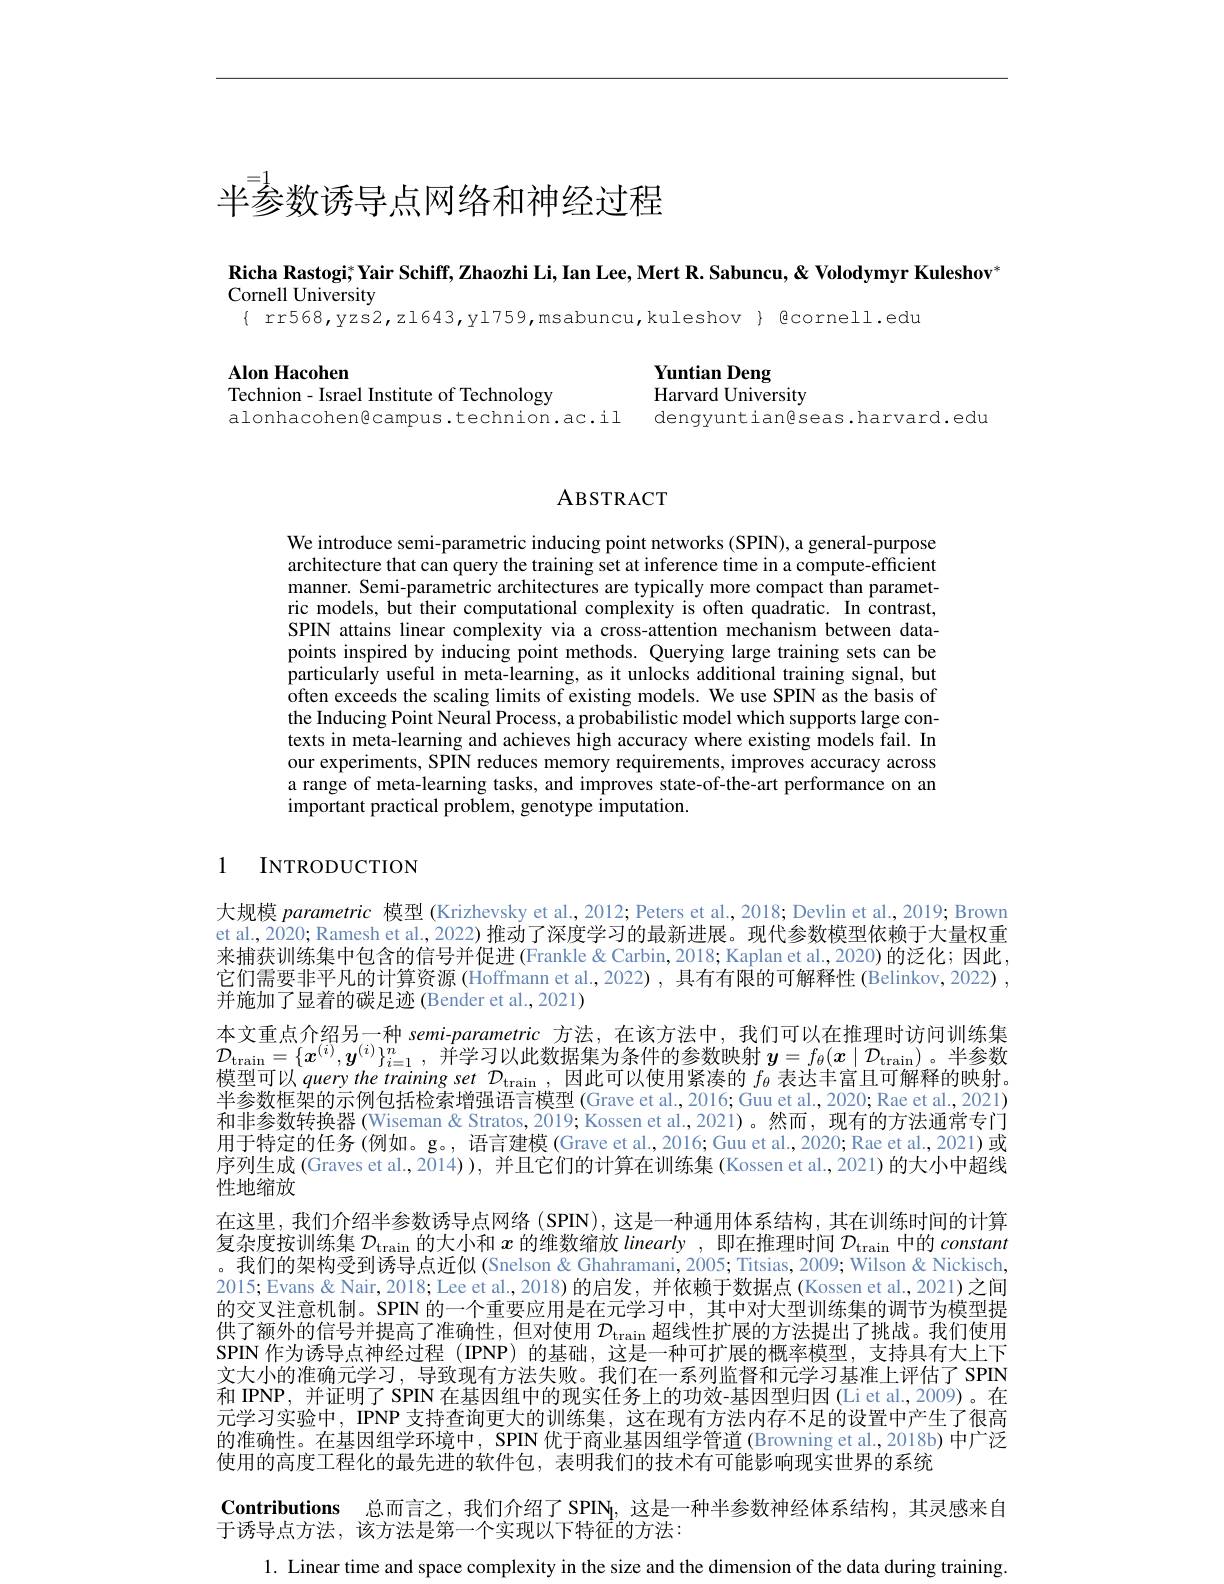
# 半参数诱导点网络和神经过程

Richa Rastogi; Yair Schiff, Zhaozhi Li, Ian Lee, Mert R. Sabuncu, & Volodymyr Kuleshov"
Cornell University
$\{$ rr568,yzs2,z1643,yl759,msabuncu,kuleshov}{ Qcornell.edu

Alon Hacohen
Technion- Israel Institute of Technology

Yuntian Deng
Harvard University
alonhacohen@campus.technion.ac.il dengyuntiangseas.harvard.edu

## ABSTRACT

We introduce semi-parametric inducing point networks (SPIN), a general-purpose architecture that can query the training set at inference time in a compute-efficient manner. Semi-parametric architectures are typically more compact than parametric models, but their computational complexity is often quadratic. In contrast, SPIN attains linear complexity via a cross-attention mechanism between datapoints inspired by inducing point methods. Querying large training sets can be particularly useful in meta-learning, as it unlocks additional training signal, but often exceeds the scaling limits of existing models. We use SPIN as the basis of the Inducing Point Neural Process, a probabilistic model which supports large contexts in meta-learning and achieves high accuracy where existing models fail. In our experiments, SPIN reduces memory requirements, improves accuracy across a range of meta-learning tasks, and improves state-of-the-art performance on an important practical problem, genotype imputation.

1

## $INTRODUCTION$

大规模 parametric 模型 (Krizhevsky et al.,2012; Peters et al., 2018; Devlin et al., 2019; Brown et al., 2020; Ramesh et al., 2022) 推动了深度学习的最新进展。现代参数模型依赖于大量权重来捕获训练集中包含的信号并促进 (Frankle& Carbin, 2018; Kaplan et al., 2020) 的泛化；因此， 它们需要非平凡的计算资源 (Hoffmann et al.,2022) , 具有有限的可解释性 (Belinkov,2022) , 并施加了显着的碳足迹(Bender et al.,2021)
本文重点介绍另一种 semi-parametric 方法，在该方法中，我们可以在推理时访问训练集$\mathcal{D}_{\mathrm{train}}=\{\boldsymbol{x}^{(i)},\boldsymbol{y}^{(i)}\}_{i=1}^n$, 并学习以此数据集为条件的参数映射 $\boldsymbol y=f_\theta(x\mid\mathcal{D}_{\mathrm{train}})$。半参数横刑可以$l_\text{ cuera tha trainina cat }\mathcal{D}_{\text{ , 由此可以值用坚法的 }f_{\circ}\text{ 圭辻丰宫日可紹晷的旽 缺}}$ 模型可以 query the training set $\mathcal{D}_\mathrm{train}$,因此可以使用紧凑的$f_\theta$表达丰富且可解释的映射。半参数框架的示例包括检索增强语言模型 (Grave et al., 2016; Guu et al., 2020; Rae et al., 2021) 和非参数转换器 (Wiseman & Stratos, 2019; Kossen et al., 2021)。然而，现有的方法通常专门用于特定的任务 (例如。g。, 语言建模 (Grave et al.,2016; Guu et al., 2020; Rae et al., 2021) 或序列生成(Graves et al., 2014)), 并且它们的计算在训练集 (Kossen et al., 2021) 的大小中超线性地缩放
在这里，我们介绍半参数诱导点网络 (SPIN), 这是一种通用体系结构，其在训练时间的计算复杂度按训练集$\mathcal{D}_\tan$的大小和$x$的维数缩放 linearly ,即在推理时间$\mathcal{D}_\tan$中的constant 。我们的架构受到诱导点近似 (Snelson & Ghahramani, 2005; Titsias, 2009; Wilson & Nickisch, 2015; Evans & Nair, 2018; Lee et al., 2018) 的启发，并依赖于数据点 (Kossen et al., 2021) 之间的交叉注意机制。SPIN 的一个重要应用是在元学习中，其中对大型训练集的调节为模型提供了额外的信号并提高了准确性，但对使用 $\mathcal{D}_\mathrm{train}$超线性扩展的方法提出了挑战。我们使用SPIN 作为诱导点神经过程 (IPNP) 的基础，这是一种可扩展的概率模型，支持具有大上下文大小的准确元学习，导致现有方法失败。我们在一系列监督和元学习基准上评估了 SPIN 和 IPNP, 并证明了 SPIN 在基因组中的现实任务上的功效-基因型归因(Liet al.,2009)。在元学习实验中，IPNP 支持查询更大的训练集，这在现有方法内存不足的设置中产生了很高的准确性。在基因组学环境中，SPIN 优于商业基因组学管道 (Browning et al,2018b) 中广泛使用的高度工程化的最先进的软件包，表明我们的技术有可能影响现实世界的系统
Contributions 总而言之，我们介绍了SPIN，这是一种半参数神经体系结构，其灵感来自
于诱导点方法，该方法是第一个实现以下特征的方法：
1. Linear time and space complexity in the size and the dimension of the data during training.